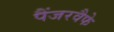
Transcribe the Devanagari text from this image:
पैंजरवैफे